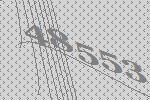
48553